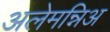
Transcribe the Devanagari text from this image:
अलेमन्निअ